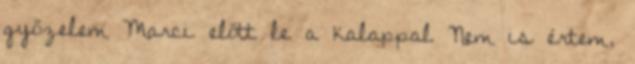
győzelem Marci előtt le a kalappal Nem is értem,